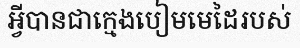
អ្វីបានជាក្មេងបៀមមេដៃរបស់